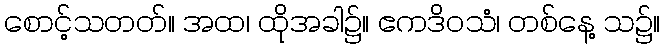
စောင့်သတတ်။ အထ၊ ထိုအခါ၌။ ဧကဒိဝသံ၊ တစ်နေ့ သ၌။